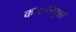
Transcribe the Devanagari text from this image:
काञ्चनसंयुक्तां